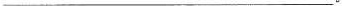
___